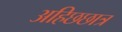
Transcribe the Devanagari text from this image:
अहिछछात्र